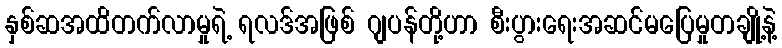
နှစ်ဆအထိတက်လာမှုရဲ့ ရလဒ်အဖြစ် ဂျပန်တို့ဟာ စီးပွားရေးအဆင်မပြေမှုတချို့နဲ့